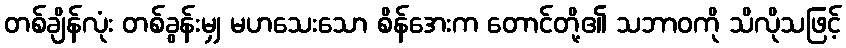
တစ်ချိန်လုံး တစ်ခွန်းမျှ မဟသေးသော စိန်အေးက တောင်တို့၏ သဘာဝကို သိလိုသဖြင့်